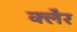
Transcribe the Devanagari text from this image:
क्लैर